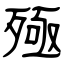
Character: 殛